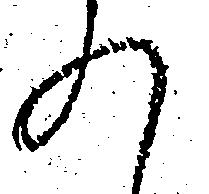
れ